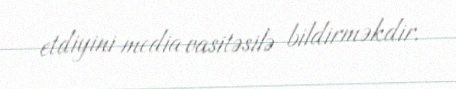
etdiyini media vasitəsilə bildirməkdir.